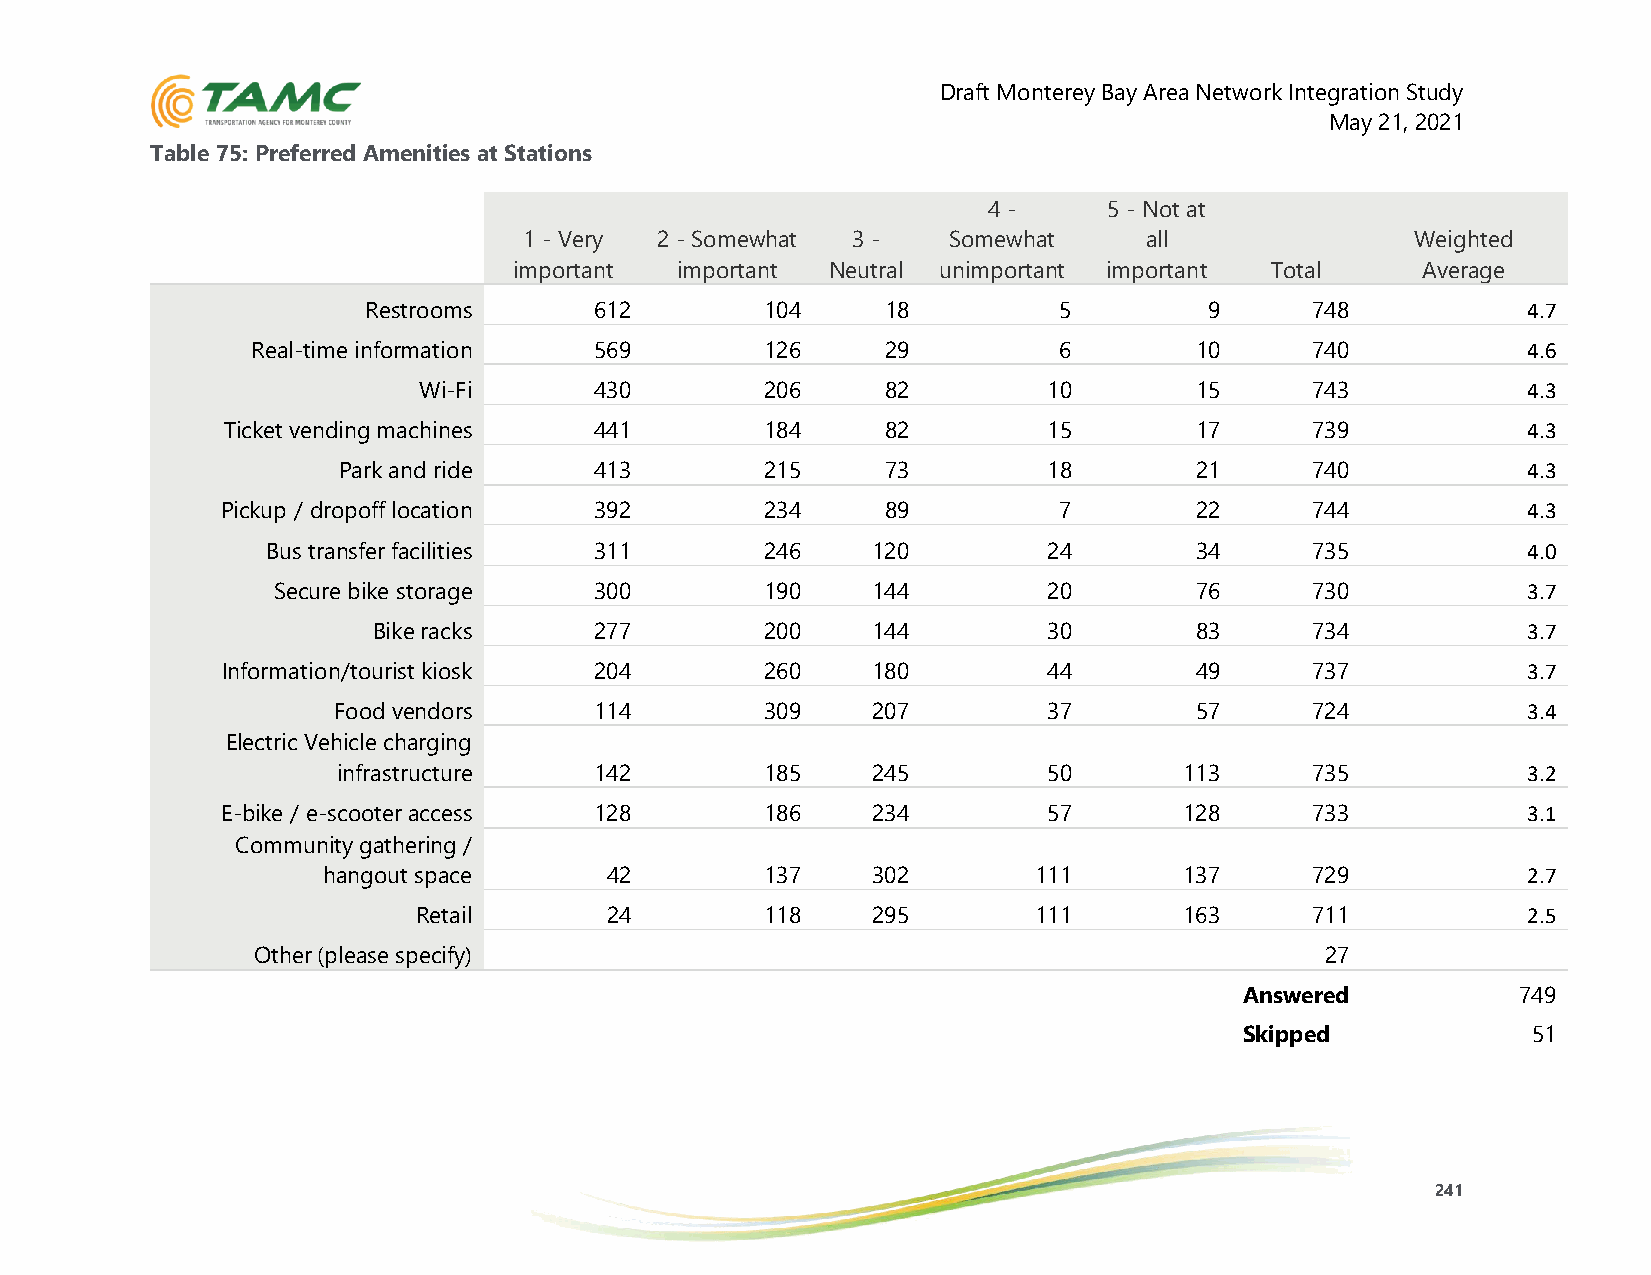
Draft Monterey Bay Area Network Integration Study
 May 21, 2021
 Table 75: Preferred Amenities at Stations
 4 -     5 - Not at
 1 - Very 2 - Somewhat 3 -   Somewhat     all               Weighted
 important  important Neutral unimportant important Total    Average
 Restrooms      612         104     18         5         9      748           4.7
 Real-time information 569         126     29         6        10      740           4.6
 Wi-Fi      430         206     82        10        15      743           4.3
 Ticket vending machines 441         184     82        15        17      739           4.3
 Park and ride    413         215     73        18        21      740           4.3
 Pickup / dropoff location 392       234     89         7        22      744           4.3
 Bus transfer facilities 311      246    120        24        34      735           4.0
 Secure bike storage  300         190    144        20        76      730           3.7
 Bike racks    277         200    144        30        83      734           3.7
 Information/tourist kiosk 204       260    180        44        49      737           3.7
 Food vendors     114         309    207        37        57      724           3.4
 Electric Vehicle charging
 infrastructure   142         185    245        50       113      735           3.2
 E-bike / e-scooter access 128       186    234        57       128      733           3.1
 Community gathering /
 hangout space      42         137    302       111       137      729           2.7
 Retail      24         118    295       111       163      711           2.5
 Other (please specify)                                                 27
 Answered           749
 Skipped            51
 241